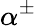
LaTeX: \alpha^{\pm}